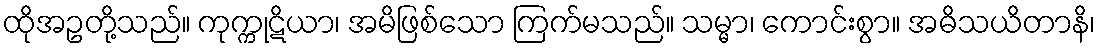
ထိုအဥတို့သည်။ ကုက္ကုဋိယာ၊ အမိဖြစ်သော ကြက်မသည်။ သမ္မာ၊ ကောင်းစွာ။ အဓိသယိတာနိ၊